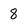
Character: 8